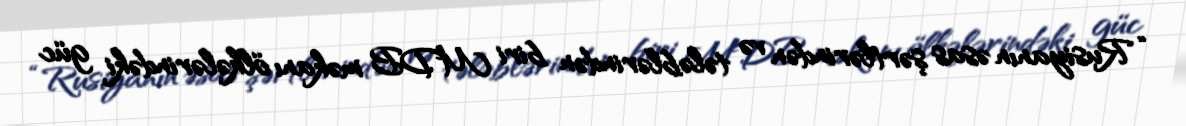
“Rusiyanın əsas şərtlərindən və tələblərindən biri MDB məkanı ölkələrindəki güc